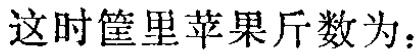
这时筐里苹果斤数为：